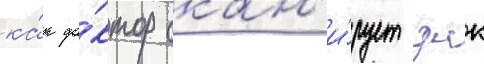
ка́к до́ктор скан'и́рует днк